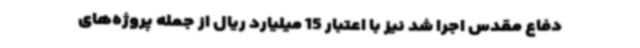
دفاع مقدس اجرا شد نیز با اعتبار 15 میلیارد ریال از جمله پروژه‌های